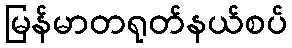
မြန်မာတရုတ်နယ်စပ်